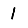
Digit: 1